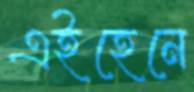
এইহেনে